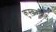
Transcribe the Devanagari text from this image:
कुस्करलेले